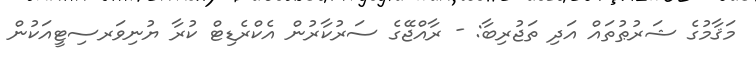
މަޤާމުގެ ޝަރުޠުތައް އަދި ތަޖުރިބާ: - ރާއްޖޭގެ ސަރުކާރުން އެކްރެޑިޓް ކުރާ ޔުނިވަރސިޓީއަކުން